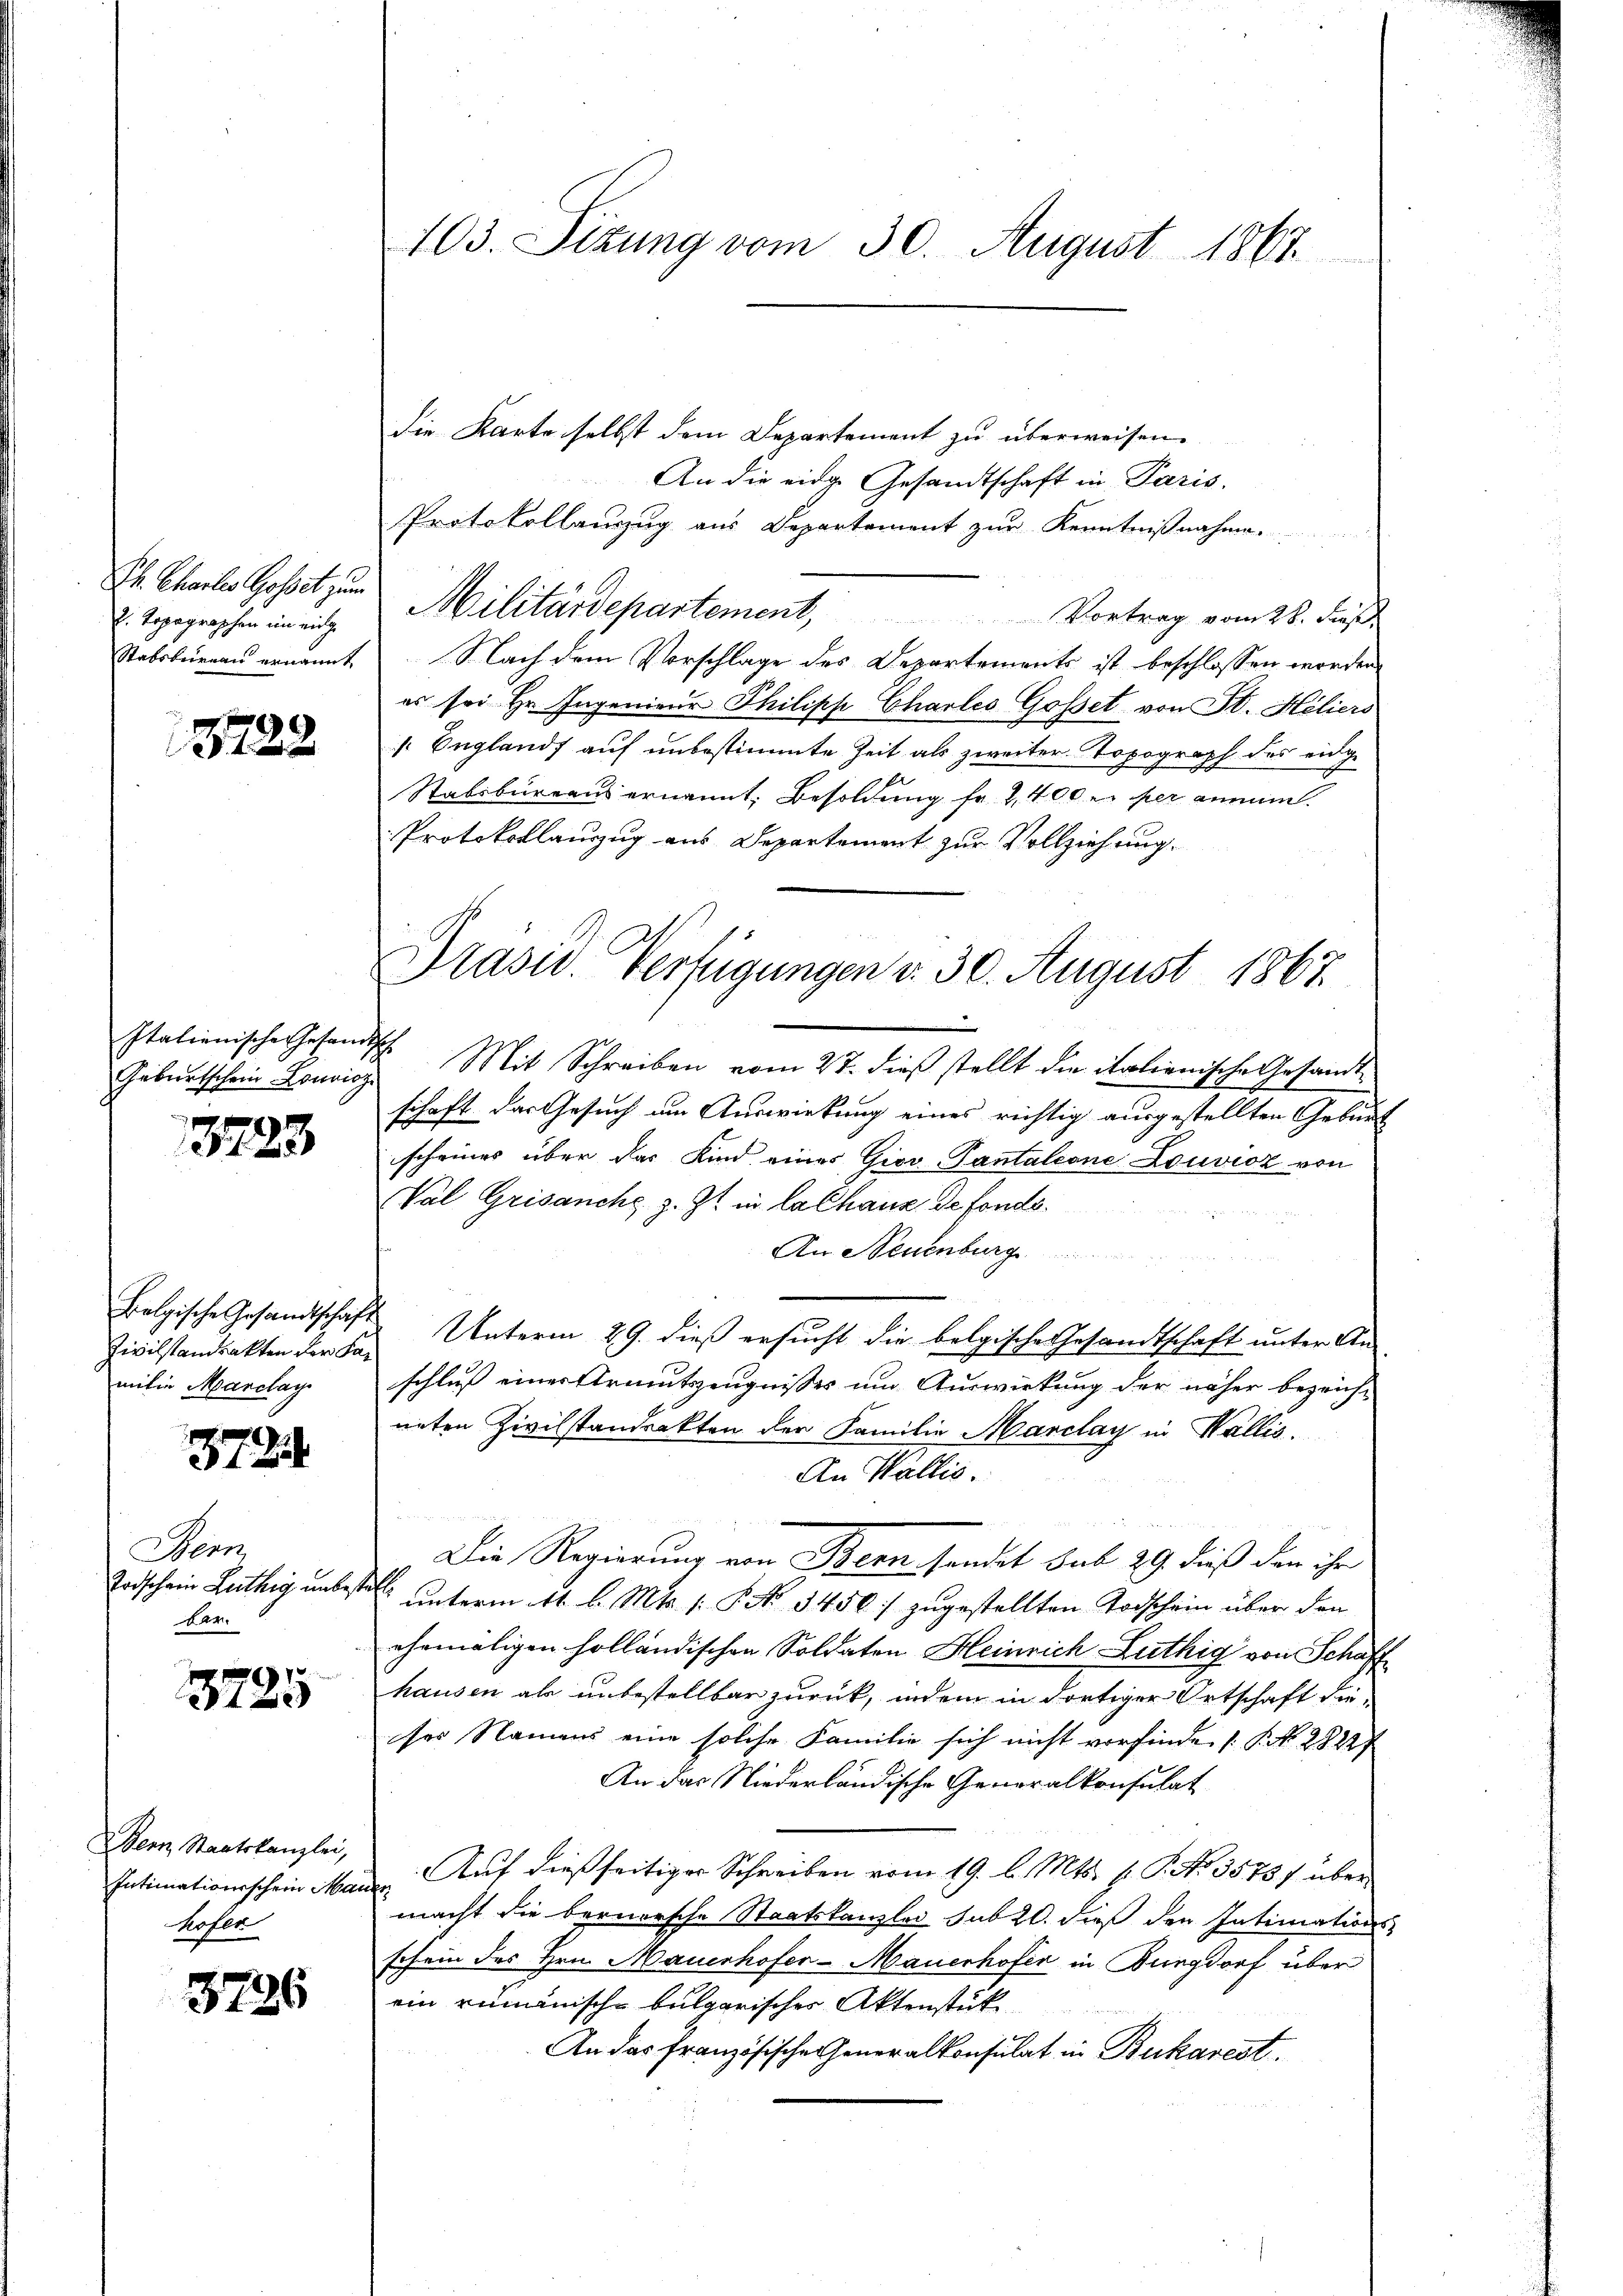
Ih. Chartes Gossit zum
2. Topographen im einge

13722

Geburtschein Louvioz.

3723

Bolgische Gesandtschaft
Zivilstandsakten der Famitin Marclay

372.

Senn
Todschein Luthig unbest
bar.

1
10

Bern Staatskanzlei,
Intimationsschein Mau
kofer

3726

103. Sizung vom 30. August 1867.

die Karte selbst dem Departement zu überweisen.
An die eige Gesandtschaft in Paris.
Protokollauszug aus Departement zur Kenntnißnahme.
Militärdepartement, Vortrag vom 28. dieβ.
Stabsbureau ernannt Nach dem Vorschlage des Departements ist beschlossen worden
es sei Hr. Ingenieur Philipp Charles Gosset von St. Heliers
 Englands auf unbestimmte Zeit als zweiter Topograph des eidge
Stabsbureaus ernannt. Besoldung fr. 2,400 er per anni.
Protokollauzug aus Departement zur Vollziehung.
Italienische Gesandtsch. Mit Schreiben vom 27. dieß stellt die italienische Gesandtschaft das Gesuch um Auswirkung eines richtig ausgestellten Geburt
scheines über das Kind eines Giov-Pantalione Louvicz von
Val Grisanche z. Zt. in la Chaus de fonds.
An Neuenburg
Unterm 29. dieß ersucht die belgische Gesandtschaft unter An-
schluß einer Armutszeugnisses um Auswirkung der näher bezeichneten Zivilstandeckten der Familie Marclay in Wallis.
An Wallis.
Die Regierung von Bern sendet sub 29 dieß den ihr
C unterm 11. l. Mts. s. § No 3450; zugestellten Todschein über den
ehemaligen holländischen Soldaten Heinrich Luthig von Schaff
hausen als unbestellbar zurück, indem in dortiger Ortschaft die-
ses Namens eine solche Familie sich nicht vorfinde [§ NNo. 2822)
An das Niederländische Generalkonsulat
Auf dießseitiger Schreiben vom 19. l. Mts. f. P. Nr. 3578 f über
s
macht die bernorsche Staatskanzlei sub 20. daß den Intimations-
schein des Hrn. Mauerhofer-Mauerhofer in Burgdorf über
ein rumänisch-bulgarischer Aktenstük
An das französische Generalkonsulat in Bukarest.

Prasw. Verfügungen v. 30. August 1867